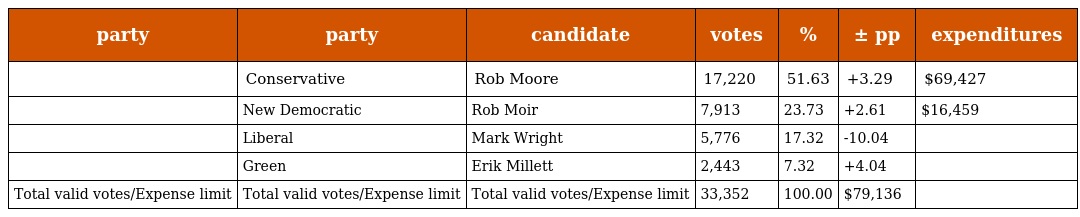
| party | party | candidate | votes | % | ± pp | expenditures |
 | --- | --- | --- | --- | --- | --- | --- |
 |  | Conservative | Rob Moore | 17,220 | 51.63 | +3.29 | $69,427 |
 |  | New Democratic | Rob Moir | 7,913 | 23.73 | +2.61 | $16,459 |
 |  | Liberal | Mark Wright | 5,776 | 17.32 | -10.04 |  |
 |  | Green | Erik Millett | 2,443 | 7.32 | +4.04 |  |
 | Total valid votes/Expense limit | Total valid votes/Expense limit | Total valid votes/Expense limit | 33,352 | 100.00 | $79,136 |  |